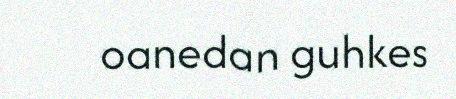
oanedan guhkes